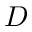
D